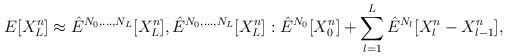
LaTeX: \begin{align*} E[X_{L}^n] \approx \hat{E}^{N_{0},...,N_{L}}[X_{L}^{n}], \hat{E}^{N_{0},...,N_{L}}[X_{L}^{n}]:\hat{E}^{N_{0}}[X_{0}^n] + \sum_{l=1}^L \hat{E}^{N_{l}}[X_{l}^n-X_{l-1}^n],\end{align*}